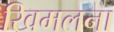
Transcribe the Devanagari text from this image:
खिमलना